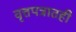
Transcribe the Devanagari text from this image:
वृत्तपत्रातही